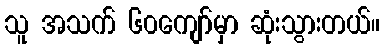
သူ အသက် ၆၀ကျော်မှာ ဆုံးသွားတယ်။